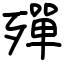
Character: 殫